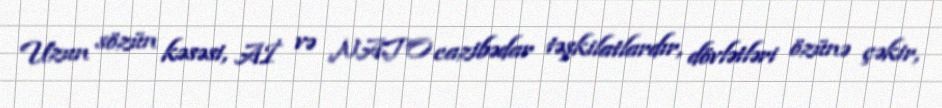
Uzun sözün kəsəsi, Aİ və NATO cazibədar təşkilatlardır, dövlətləri özünə çəkir,